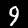
Digit: 9